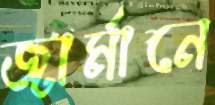
জার্মানে